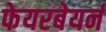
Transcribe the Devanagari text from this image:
फेयरबेयर्न